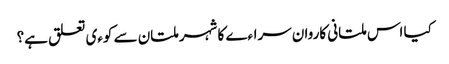
کیا اس ملتانی کاروان سراءے کا شہر ملتان سے کوءی تعلق ہے؟